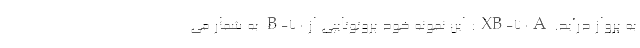
به پرواز درآید. XB-70A: این نمونه خود پروتوتایپی از B-70 به شمار می